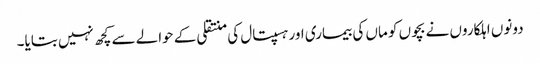
دونوں اہلکاروں نے بچوں کو ماں کی بیماری اور ہسپتال کی منتقلی کے حوالے سے کچھ نہیں بتایا۔